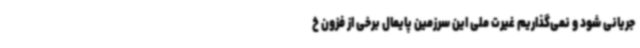
جریانی شود و نمی‌گذاریم غیرت ملی این سرزمین پایمال برخی از فزون خ